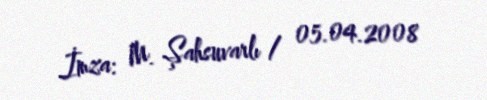
İmza: M. Şahsuvarlı / 05.04.2008